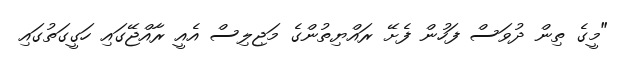
"މީގެ ތިން ދުވަސް ފަހުން ފެށޭ ރައްޔިތުންގެ މަޖިލިސް އެއީ ރާއްޖޭގައި ހަގީގަތުގައި